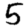
Digit: 5